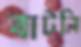
বাটলি